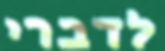
לדברי